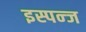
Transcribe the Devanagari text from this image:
इस्पन्ज